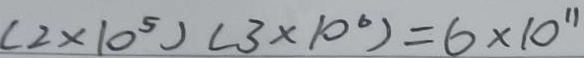
( 2 \times 1 0 ^ { 5 } ) ( 3 \times 1 0 ^ { 6 } ) = 6 \times 1 0 ^ { 1 1 }